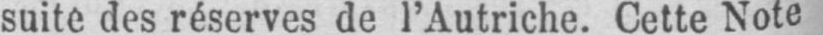
suite des réserves de l’Autriche. Cette Note